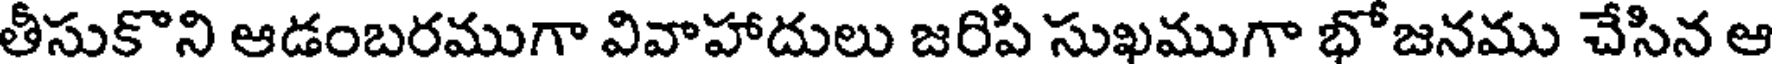
తీసుకొని ఆడంబరముగా వివాహాదులు జరిపి సుఖముగా భోజనము చేసిన ఆ